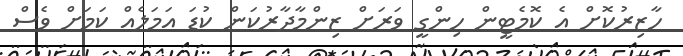
ހާޒިރުކޮށް އެ ކޮމެޓީން ހިންގީ ވަރަށް ޒިންމާދާރުކަން ކުޑަ އަމަލެއް ކަމަށް ވެސް